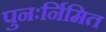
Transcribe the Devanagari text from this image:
पुनःर्निमित